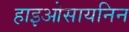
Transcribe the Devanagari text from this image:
हाइओसायनिन